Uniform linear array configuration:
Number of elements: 24
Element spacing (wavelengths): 0.25
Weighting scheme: kaiser
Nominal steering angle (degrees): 0
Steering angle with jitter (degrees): -0.479
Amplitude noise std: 0.05
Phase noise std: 0.05

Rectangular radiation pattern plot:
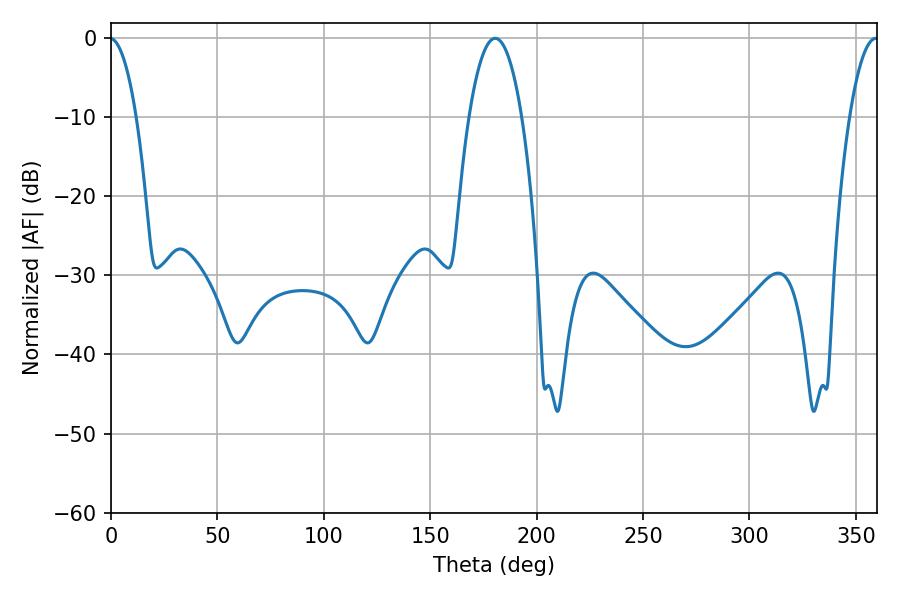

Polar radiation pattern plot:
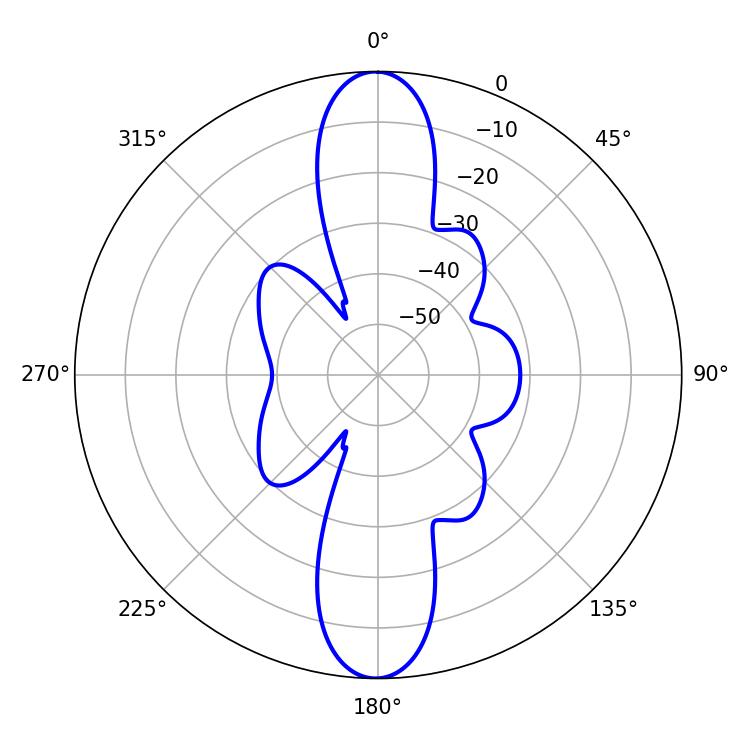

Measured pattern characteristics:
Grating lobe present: FALSE
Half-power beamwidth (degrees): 13.68
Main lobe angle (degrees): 180.54